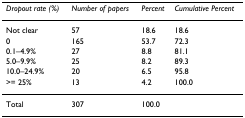
<table><thead><tr><td><b><i>Dropout rate (%)</i></b></td><td><b><i>Number of papers</i></b></td><td><b><i>Percent</i></b></td><td><b><i>Cumulative Percent</i></b></td></tr></thead><tbody><tr><td>Not clear</td><td>57</td><td>18.6</td><td>18.6</td></tr><tr><td>0</td><td>165</td><td>53.7</td><td>72.3</td></tr><tr><td>0.1–4.9%</td><td>27</td><td>8.8</td><td>81.1</td></tr><tr><td>5.0–9.9%</td><td>25</td><td>8.2</td><td>89.3</td></tr><tr><td>10.0–24.9%</td><td>20</td><td>6.5</td><td>95.8</td></tr><tr><td>&gt;= 25%</td><td>13</td><td>4.2</td><td>100.0</td></tr><tr><td>Total</td><td>307</td><td>100.0</td><td></td></tr></tbody></table>